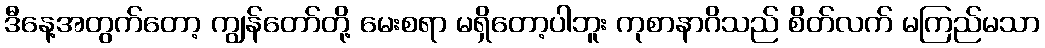
ဒီနေ့အတွက်တော့ ကျွန်တော်တို့ မေးစရာ မရှိတော့ပါဘူး ကုစာနာဂိသည် စိတ်လက် မကြည်မသာ